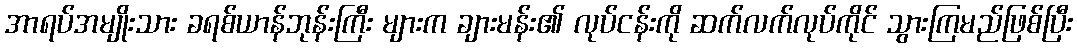
အာရပ်အမျိုးသား ခရစ်ယာန်ဘုန်းကြီး များက ချားမန်း၏ လုပ်ငန်းကို ဆက်လက်လုပ်ကိုင် သွားကြမည်ဖြစ်ပြီး